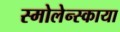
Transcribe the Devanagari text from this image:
स्मोलेन्स्काया